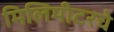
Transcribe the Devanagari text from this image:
मिलिमीटरचे